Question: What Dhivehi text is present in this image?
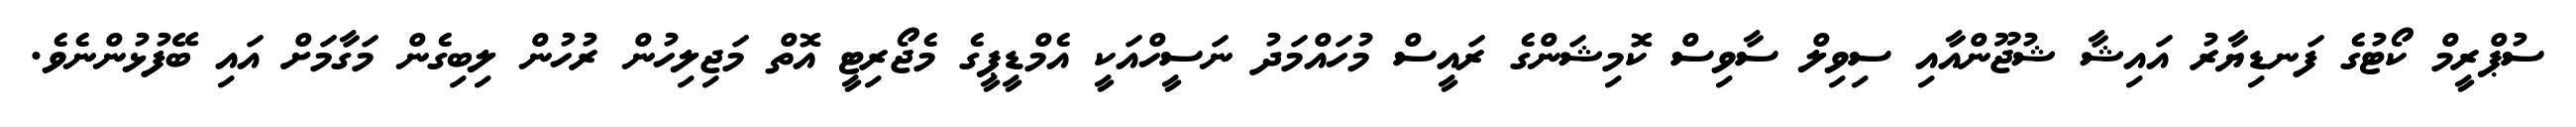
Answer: ސުޕްރީމް ކޯޓުގެ ފަނޑިޔާރު އައިޝާ ޝުޖޫންއާއި ސިވިލް ސާވިސް ކޮމިޝަންގެ ރައީސް މުހައްމަދު ނަސީހްއަކީ އެމްޑީޕީގެ މެޖޯރިޓީ އޮތް މަޖިލިހުން ރުހުން ލިބިގެން މަގާމަށް އައި ބޭފުޅުންނެވެ.